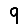
Digit: 9